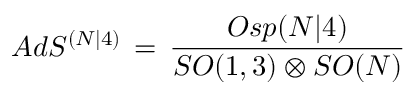
A d S ^ { ( N | 4 ) } \, = \, \frac { O s p ( N \vert 4 ) } { S O ( 1 , 3 ) \otimes S O ( N ) }